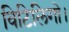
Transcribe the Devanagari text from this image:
विटिलिगो।